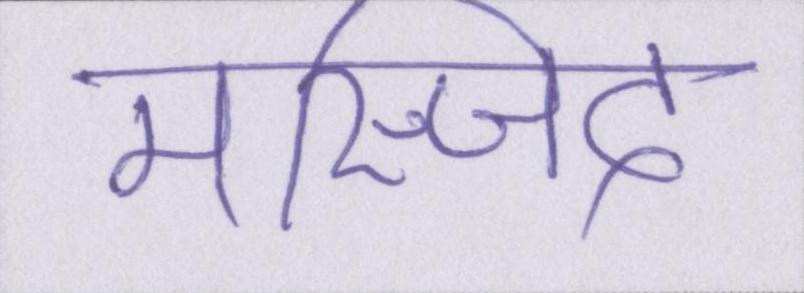
मस्जिद